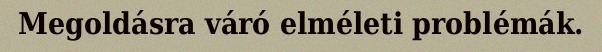
Megoldásra váró elméleti problémák.